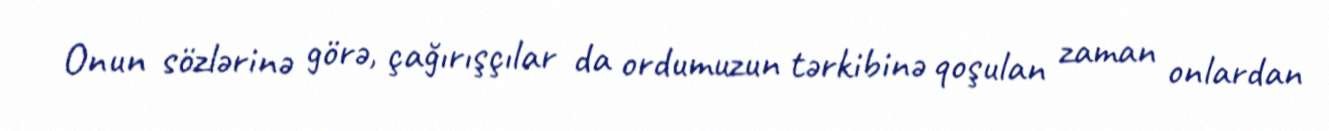
Onun sözlərinə görə, çağırışçılar da ordumuzun tərkibinə qoşulan zaman onlardan